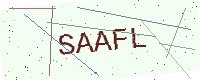
Text: SAAFL